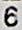
6